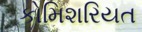
કોમિશરિયત